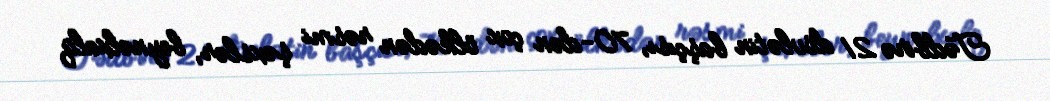
Tədbirə 21 dövlətin başçısı, 70-dən çox ölkədən rəsmi şəxslər, beynəlxalq